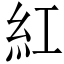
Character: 紅